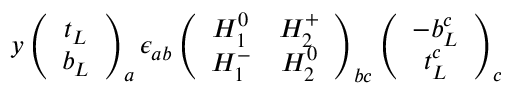
y \left( \begin{array} { c } { { t _ { L } } } \\ { { b _ { L } } } \end{array} \right) _ { a } \epsilon _ { a b } \left( \begin{array} { c c } { { H _ { 1 } ^ { 0 } } } & { { H _ { 2 } ^ { + } } } \\ { { H _ { 1 } ^ { - } } } & { { H _ { 2 } ^ { 0 } } } \end{array} \right) _ { b c } \left( \begin{array} { c } { { - b _ { L } ^ { c } } } \\ { { t _ { L } ^ { c } } } \end{array} \right) _ { c }